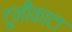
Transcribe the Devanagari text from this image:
टुनीकाटा